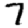
Digit: 7